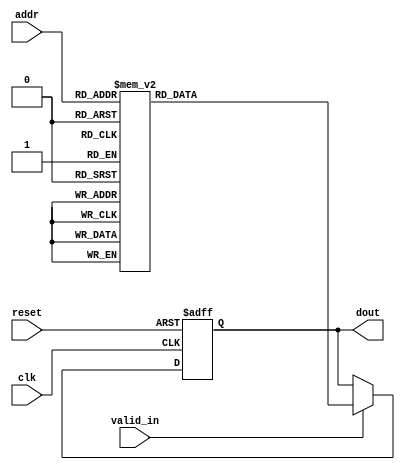
/*
Project        : AES
Standard doc.  : FIPS 197
Module name    : SBox block
Dependancy     :
Design doc.    : 
References     : 
Description    : Sbox is a lookup/substitution table to 
                 substitute the input byte
Owner          : Amr Salah
*/

// `timescale 1 ns/1 ps

module SBox               
(
input clk,               //system clock
input reset,             //asynch active low reset
input valid_in,          //valid input signal
input [7:0] addr,        //SBox input byte
output reg [7:0] dout    //SBox output
);

always @ ( posedge clk or negedge reset) 
  if (!reset) begin
    dout <= 8'h00;
  end  else begin
      
    if(valid_in) begin
     case (addr)          //substitution table
       8'h00              : dout <= 8'h63;
       8'h01              : dout <= 8'h7c;
       8'h02              : dout <= 8'h77;
       8'h03              : dout <= 8'h7b;
       8'h04              : dout <= 8'hf2;
       8'h05              : dout <= 8'h6b;
       8'h06              : dout <= 8'h6f;
       8'h07              : dout <= 8'hc5;
       8'h08              : dout <= 8'h30;
       8'h09              : dout <= 8'h01;
       8'h0a              : dout <= 8'h67;
       8'h0b              : dout <= 8'h2b;
       8'h0c              : dout <= 8'hfe;
       8'h0d              : dout <= 8'hd7;
       8'h0e              : dout <= 8'hab;
       8'h0f              : dout <= 8'h76;
    /****************************************/
       8'h10              : dout <= 8'hca;
       8'h11              : dout <= 8'h82;
       8'h12              : dout <= 8'hc9;
       8'h13              : dout <= 8'h7d;
       8'h14              : dout <= 8'hfa;
       8'h15              : dout <= 8'h59;
       8'h16              : dout <= 8'h47;
       8'h17              : dout <= 8'hf0;
       8'h18              : dout <= 8'had;
       8'h19              : dout <= 8'hd4;
       8'h1a              : dout <= 8'ha2;
       8'h1b              : dout <= 8'haf;
       8'h1c              : dout <= 8'h9c;
       8'h1d              : dout <= 8'ha4;
       8'h1e              : dout <= 8'h72;
       8'h1f              : dout <= 8'hc0;
    /**********************************************/
       8'h20              : dout <= 8'hb7;
       8'h21              : dout <= 8'hfd;
       8'h22              : dout <= 8'h93;
       8'h23              : dout <= 8'h26;
       8'h24              : dout <= 8'h36;
       8'h25              : dout <= 8'h3f;
       8'h26              : dout <= 8'hf7;
       8'h27              : dout <= 8'hcc;
       8'h28              : dout <= 8'h34;
       8'h29              : dout <= 8'ha5;
       8'h2a              : dout <= 8'he5;
       8'h2b              : dout <= 8'hf1;
       8'h2c              : dout <= 8'h71;
       8'h2d              : dout <= 8'hd8;
       8'h2e              : dout <= 8'h31;
       8'h2f              : dout <= 8'h15;
    /*****************************************/
       8'h30              : dout <= 8'h04;
       8'h31              : dout <= 8'hc7;
       8'h32              : dout <= 8'h23;
       8'h33              : dout <= 8'hc3;
       8'h34              : dout <= 8'h18;
       8'h35              : dout <= 8'h96;
       8'h36              : dout <= 8'h05;
       8'h37              : dout <= 8'h9a;
       8'h38              : dout <= 8'h07;
       8'h39              : dout <= 8'h12;
       8'h3a              : dout <= 8'h80;
       8'h3b              : dout <= 8'he2;
       8'h3c              : dout <= 8'heb;
       8'h3d              : dout <= 8'h27;
       8'h3e              : dout <= 8'hb2;
       8'h3f              : dout <= 8'h75;
    /*******************************************/
       8'h40              : dout <= 8'h09;
       8'h41              : dout <= 8'h83;
       8'h42              : dout <= 8'h2c;
       8'h43              : dout <= 8'h1a;
       8'h44              : dout <= 8'h1b;
       8'h45              : dout <= 8'h6e;
       8'h46              : dout <= 8'h5a;
       8'h47              : dout <= 8'ha0;
       8'h48              : dout <= 8'h52;
       8'h49              : dout <= 8'h3b;
       8'h4a              : dout <= 8'hd6;
       8'h4b              : dout <= 8'hb3;
       8'h4c              : dout <= 8'h29;
       8'h4d              : dout <= 8'he3;
       8'h4e              : dout <= 8'h2f;
       8'h4f              : dout <= 8'h84;
    /**********************************************/
       8'h50              : dout <= 8'h53;
       8'h51              : dout <= 8'hd1;
       8'h52              : dout <= 8'h00;
       8'h53              : dout <= 8'hed;
       8'h54              : dout <= 8'h20;
       8'h55              : dout <= 8'hfc;
       8'h56              : dout <= 8'hb1;
       8'h57              : dout <= 8'h5b;
       8'h58              : dout <= 8'h6a;
       8'h59              : dout <= 8'hcb;
       8'h5a              : dout <= 8'hbe;
       8'h5b              : dout <= 8'h39;
       8'h5c              : dout <= 8'h4a;
       8'h5d              : dout <= 8'h4c;
       8'h5e              : dout <= 8'h58;
       8'h5f              : dout <= 8'hcf;
       /****************************************/
       8'h60              : dout <= 8'hd0;
       8'h61              : dout <= 8'hef;
       8'h62              : dout <= 8'haa;
       8'h63              : dout <= 8'hfb;
       8'h64              : dout <= 8'h43;
       8'h65              : dout <= 8'h4d;
       8'h66              : dout <= 8'h33;
       8'h67              : dout <= 8'h85;
       8'h68              : dout <= 8'h45;
       8'h69              : dout <= 8'hf9;
       8'h6a              : dout <= 8'h02;
       8'h6b              : dout <= 8'h7f;
       8'h6c              : dout <= 8'h50;
       8'h6d              : dout <= 8'h3c;
       8'h6e              : dout <= 8'h9f;
       8'h6f              : dout <= 8'ha8;
    /*********************************************/
       8'h70              : dout <= 8'h51;
       8'h71              : dout <= 8'ha3;
       8'h72              : dout <= 8'h40;
       8'h73              : dout <= 8'h8f;
       8'h74              : dout <= 8'h92;
       8'h75              : dout <= 8'h9d;
       8'h76              : dout <= 8'h38;
       8'h77              : dout <= 8'hf5;
       8'h78              : dout <= 8'hbc;
       8'h79              : dout <= 8'hb6;
       8'h7a              : dout <= 8'hda;
       8'h7b              : dout <= 8'h21;
       8'h7c              : dout <= 8'h10;
       8'h7d              : dout <= 8'hff;
       8'h7e              : dout <= 8'hf3;
       8'h7f              : dout <= 8'hd2;
    /********************************************/
       8'h80              : dout <= 8'hcd;
       8'h81              : dout <= 8'h0c;
       8'h82              : dout <= 8'h13;
       8'h83              : dout <= 8'hec;
       8'h84              : dout <= 8'h5f;
       8'h85              : dout <= 8'h97;
       8'h86              : dout <= 8'h44;
       8'h87              : dout <= 8'h17;
       8'h88              : dout <= 8'hc4;
       8'h89              : dout <= 8'ha7;
       8'h8a              : dout <= 8'h7e;
       8'h8b              : dout <= 8'h3d;
       8'h8c              : dout <= 8'h64;
       8'h8d              : dout <= 8'h5d;
       8'h8e              : dout <= 8'h19;
       8'h8f              : dout <= 8'h73;
 /***********************************************/
       8'h90              : dout <= 8'h60;
       8'h91              : dout <= 8'h81;
       8'h92              : dout <= 8'h4f;
       8'h93              : dout <= 8'hdc;
       8'h94              : dout <= 8'h22;
       8'h95              : dout <= 8'h2a;
       8'h96              : dout <= 8'h90;
       8'h97              : dout <= 8'h88;
       8'h98              : dout <= 8'h46;
       8'h99              : dout <= 8'hee;
       8'h9a              : dout <= 8'hb8;
       8'h9b              : dout <= 8'h14;
       8'h9c              : dout <= 8'hde;
       8'h9d              : dout <= 8'h5e;
       8'h9e              : dout <= 8'h0b;
       8'h9f              : dout <= 8'hdb;
      /******************************************/
       8'ha0              : dout <= 8'he0;
       8'ha1              : dout <= 8'h32;
       8'ha2              : dout <= 8'h3a;
       8'ha3              : dout <= 8'h0a;
       8'ha4              : dout <= 8'h49;
       8'ha5              : dout <= 8'h06;
       8'ha6              : dout <= 8'h24;
       8'ha7              : dout <= 8'h5c;
       8'ha8              : dout <= 8'hc2;
       8'ha9              : dout <= 8'hd3;
       8'haa              : dout <= 8'hac;
       8'hab              : dout <= 8'h62;
       8'hac              : dout <= 8'h91;
       8'had              : dout <= 8'h95;
       8'hae              : dout <= 8'he4;
       8'haf              : dout <= 8'h79;
    /******************************************/
       8'hb0              : dout <= 8'he7;
       8'hb1              : dout <= 8'hc8;
       8'hb2              : dout <= 8'h37;
       8'hb3              : dout <= 8'h6d;
       8'hb4              : dout <= 8'h8d;
       8'hb5              : dout <= 8'hd5;
       8'hb6              : dout <= 8'h4e;
       8'hb7              : dout <= 8'ha9;
       8'hb8              : dout <= 8'h6c;
       8'hb9              : dout <= 8'h56;
       8'hba              : dout <= 8'hf4;
       8'hbb              : dout <= 8'hea;
       8'hbc              : dout <= 8'h65;
       8'hbd              : dout <= 8'h7a;
       8'hbe              : dout <= 8'hae;
       8'hbf              : dout <= 8'h08;
    /****************************************/
       8'hc0              : dout <= 8'hba;
       8'hc1              : dout <= 8'h78;
       8'hc2              : dout <= 8'h25;
       8'hc3              : dout <= 8'h2e;
       8'hc4              : dout <= 8'h1c;
       8'hc5              : dout <= 8'ha6;
       8'hc6              : dout <= 8'hb4;
       8'hc7              : dout <= 8'hc6;
       8'hc8              : dout <= 8'he8;
       8'hc9              : dout <= 8'hdd;
       8'hca              : dout <= 8'h74;
       8'hcb              : dout <= 8'h1f;
       8'hcc              : dout <= 8'h4b;
       8'hcd              : dout <= 8'hbd;
       8'hce              : dout <= 8'h8b;
       8'hcf              : dout <= 8'h8a;
    /****************************************/
       8'hd0              : dout <= 8'h70;
       8'hd1              : dout <= 8'h3e;
       8'hd2              : dout <= 8'hb5;
       8'hd3              : dout <= 8'h66;
       8'hd4              : dout <= 8'h48;
       8'hd5              : dout <= 8'h03;
       8'hd6              : dout <= 8'hf6;
       8'hd7              : dout <= 8'h0e;
       8'hd8              : dout <= 8'h61;
       8'hd9              : dout <= 8'h35;
       8'hda              : dout <= 8'h57;
       8'hdb              : dout <= 8'hb9;
       8'hdc              : dout <= 8'h86;
       8'hdd              : dout <= 8'hc1;
       8'hde              : dout <= 8'h1d;
       8'hdf              : dout <= 8'h9e;
    /*******************************************/
       8'he0              : dout <= 8'he1;
       8'he1              : dout <= 8'hf8;
       8'he2              : dout <= 8'h98;
       8'he3              : dout <= 8'h11;
       8'he4              : dout <= 8'h69;
       8'he5              : dout <= 8'hd9;
       8'he6              : dout <= 8'h8e;
       8'he7              : dout <= 8'h94;
       8'he8              : dout <= 8'h9b;
       8'he9              : dout <= 8'h1e;
       8'hea              : dout <= 8'h87;
       8'heb              : dout <= 8'he9;
       8'hec              : dout <= 8'hce;
       8'hed              : dout <= 8'h55;
       8'hee              : dout <= 8'h28;
       8'hef              : dout <= 8'hdf;
    /****************************************/
       8'hf0              : dout <= 8'h8c;
       8'hf1              : dout <= 8'ha1;
       8'hf2              : dout <= 8'h89;
       8'hf3              : dout <= 8'h0d;
       8'hf4              : dout <= 8'hbf;
       8'hf5              : dout <= 8'he6;
       8'hf6              : dout <= 8'h42;
       8'hf7              : dout <= 8'h68;
       8'hf8              : dout <= 8'h41;
       8'hf9              : dout <= 8'h99;
       8'hfa              : dout <= 8'h2d;
       8'hfb              : dout <= 8'h0f;
       8'hfc              : dout <= 8'hb0;
       8'hfd              : dout <= 8'h54;
       8'hfe              : dout <= 8'hbb;
       8'hff              : dout <= 8'h16;
       default            : dout <= 8'h00;
       
    endcase
  end
end

endmodule